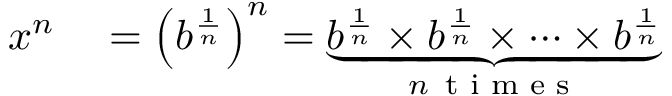
\begin{array} { r l } { x ^ { n } } & { { } = \left( b ^ { \frac { 1 } { n } } \right) ^ { n } = \underbrace { b ^ { \frac { 1 } { n } } \times b ^ { \frac { 1 } { n } } \times \cdots \times b ^ { \frac { 1 } { n } } } _ { n \, { \textrm { t i m e s } } } } \end{array}